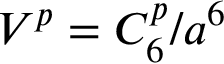
V ^ { p } = C _ { 6 } ^ { p } / a ^ { 6 }